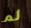
لم